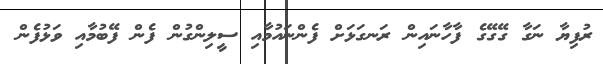
ރުފިޔާ ނަގާ ގޭގޭގެ ފާހާނައިން ރަނގަޅަށް ފެންނައުމާއި ސީލިންގުން ފެން ފޭބުމާއި ވަޅުފެން